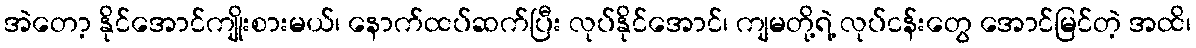
အဲတော့ နိုင်အောင်ကျိုးစားမယ်၊ နောက်ထပ်ဆက်ပြီး လုပ်နိုင်အောင်၊ ကျမတို့ရဲ့ လုပ်ငန်းတွေ အောင်မြင်တဲ့ အထိ၊